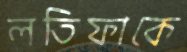
লতিফাকে